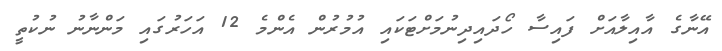
އޭނާގެ އާއިލާއަށް ފައިސާ ހޯދައިދިނުމަށްޓަކައި އުމުރުން އެންމެ 12 އަހަރުގައި މަންނާނު ނުކުތީ